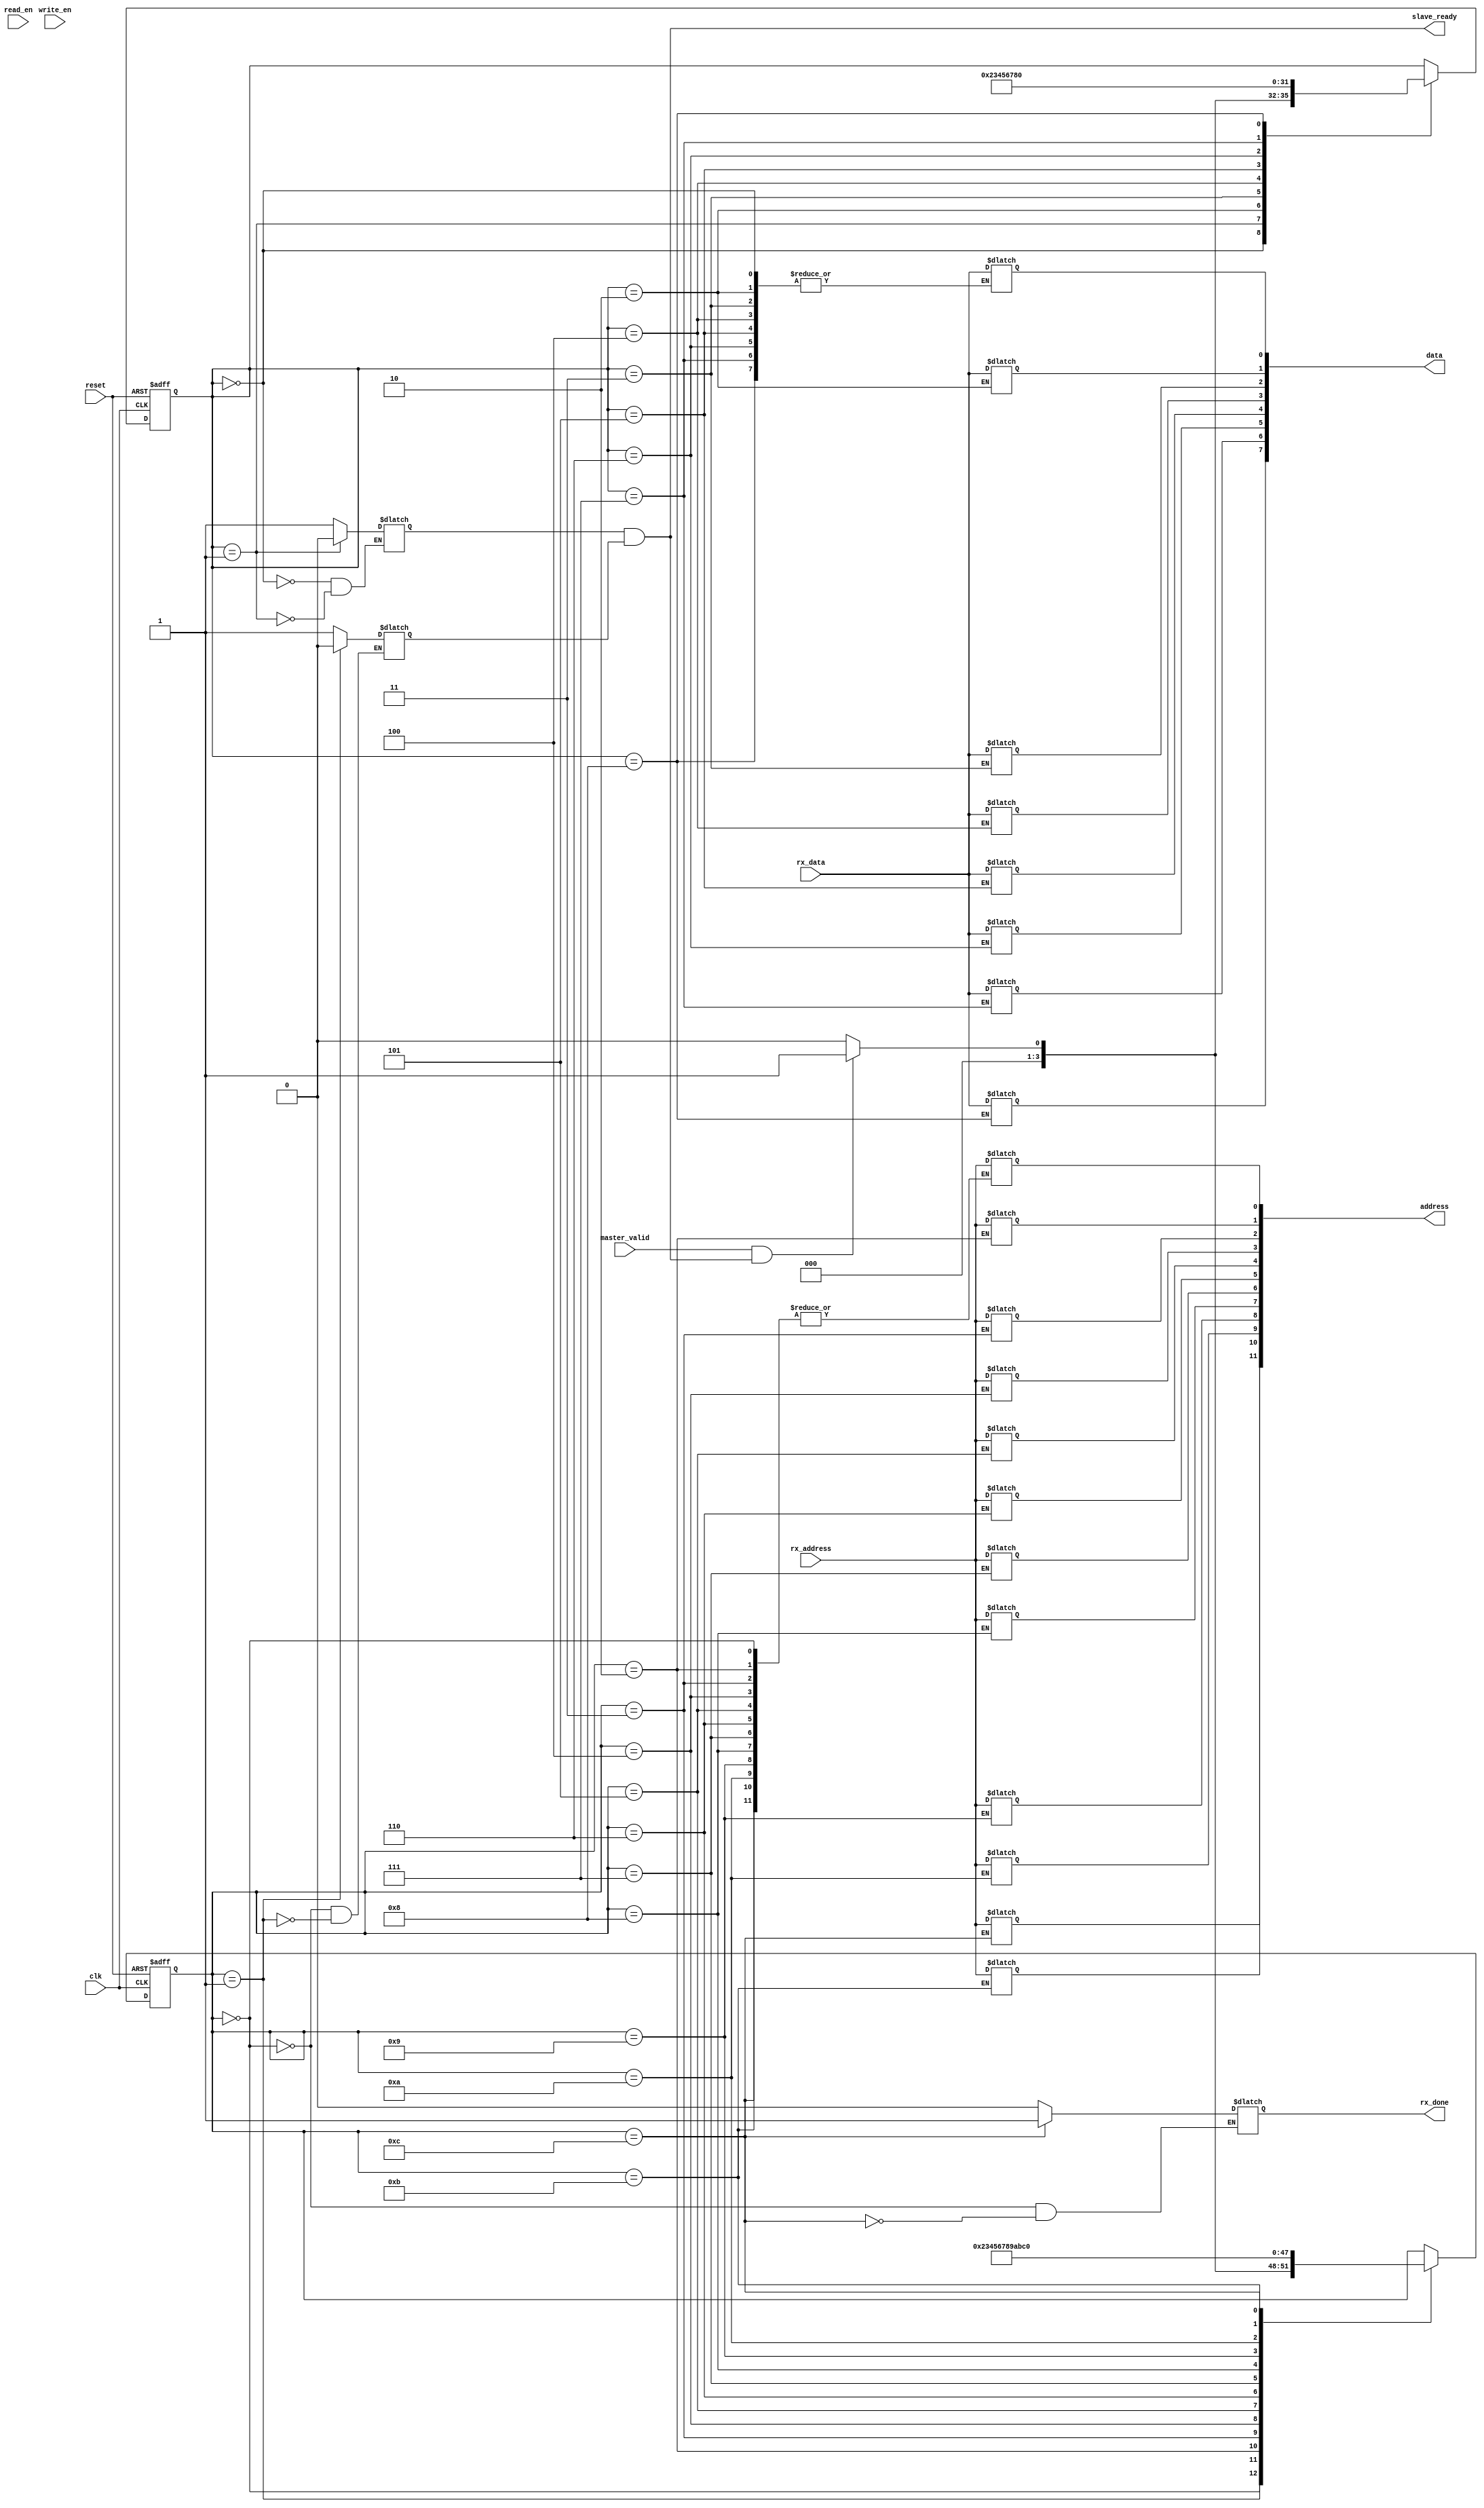
module slave_in_port (
	input clk, 
	input reset,
	input rx_address,
	input rx_data,
	input master_valid,
	input read_en,
	input write_en,
	output slave_ready,
	output rx_done,
	output reg[11:0]address,
	output reg[7:0]data);
	

reg [3:0]addr_state = 0;
reg [3:0]data_state = 0;
reg addr_idle = 1;
reg data_idle = 1;
reg addr_done = 0;
reg data_done = 0;

assign slave_ready = data_idle & addr_idle;
assign rx_done = addr_done;

wire handshake = master_valid & slave_ready;


// Statemachine to capture the 12 bit address

parameter 
IDLE = 0, 
ADDR1 = 1, 
ADDR2 = 2, 
ADDR3 = 3, 
ADDR4 = 4,
ADDR5 = 5, 
ADDR6 = 6, 
ADDR7 = 7, 
ADDR8 = 8, 
ADDR9 = 9, 
ADDR10 = 10, 
ADDR11 = 11,
ADDR12 = 12;

always @ (addr_state) 
begin
	case (addr_state)
	IDLE:
	begin
		addr_idle = 1;
		addr_done = 0;
	end
	ADDR1:
	begin
		address[0] = rx_address;
		addr_idle = 0;
	end
	ADDR2:
		address[1] = rx_address;
	ADDR3:
		address[2] = rx_address;
	ADDR4:
		address[3] = rx_address;
	ADDR5:
		address[4] = rx_address;
	ADDR6:
		address[5] = rx_address;
	ADDR7:
		address[6] = rx_address;
	ADDR8:
		address[7] = rx_address;
	ADDR9:
		address[8] = rx_address;
	ADDR10:
		address[9] = rx_address;
	ADDR11:
		address[10] = rx_address;
	ADDR12:
	begin
		address[11] = rx_address;
		addr_done = 1;
	end
	default:
		address[0] = rx_address;
	endcase
end

always @ (posedge clk or posedge reset) 
begin
	if (reset)
		addr_state <= IDLE;
	else
		case (addr_state)
			IDLE:
				if (handshake == 1)
				begin
					addr_state <= ADDR1;
				end
				else
					addr_state <= IDLE;
			ADDR1:
				addr_state <= ADDR2;
			ADDR2:
				addr_state <= ADDR3;
			ADDR3:
				addr_state <= ADDR4;
			ADDR4:
				addr_state <= ADDR5;
			ADDR5:
				addr_state <= ADDR6;
			ADDR6:
				addr_state <= ADDR7;
			ADDR7:
				addr_state <= ADDR8;
			ADDR8:
				addr_state <= ADDR9;
			ADDR9:
				addr_state <= ADDR10;
			ADDR10:
				addr_state <= ADDR11;
			ADDR11:
				addr_state <= ADDR12;
			ADDR12:
				addr_state <= IDLE;
				
		endcase
end


// Statemachine to capture the 8 bit data

parameter 
DATA1 = 1, 
DATA2 = 2, 
DATA3 = 3, 
DATA4 = 4,
DATA5 = 5, 
DATA6 = 6, 
DATA7 = 7, 
DATA8 = 8;

always @ (data_state) 
begin
	case (data_state)
	IDLE:
	begin
		data_idle = 1;
		data_done = 0;
	end
	DATA1:
	begin
		data[0] = rx_data;
		data_idle = 0;
	end
	DATA2:
		data[1] = rx_data;
	DATA3:
		data[2] = rx_data;
	DATA4:
		data[3] = rx_data;
	DATA5:
		data[4] = rx_data;
	DATA6:
		data[5] = rx_data;
	DATA7:
		data[6] = rx_data;
	DATA8:
	begin
		data[7] = rx_data;
		data_done = 1;
	end
	default:
		data[0] = rx_data;
	endcase
end

always @ (posedge clk or posedge reset) 
begin
	if (reset)
		data_state <= IDLE;
	else
		case (data_state)
			IDLE:
				if (handshake == 1)
				begin
					data_state <= DATA1;
				end
				else
					data_state <= IDLE;
			DATA1:
				data_state <= DATA2;
			DATA2:
				data_state <= DATA3;
			DATA3:
				data_state <= DATA4;
			DATA4:
				data_state <= DATA5;
			DATA5:
				data_state <= DATA6;
			DATA6:
				data_state <= DATA7;
			DATA7:
				data_state <= DATA8;	
			DATA8:
				data_state <= IDLE;
		endcase
end
endmodule